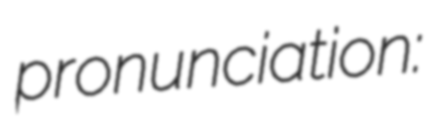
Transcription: pronunciation: